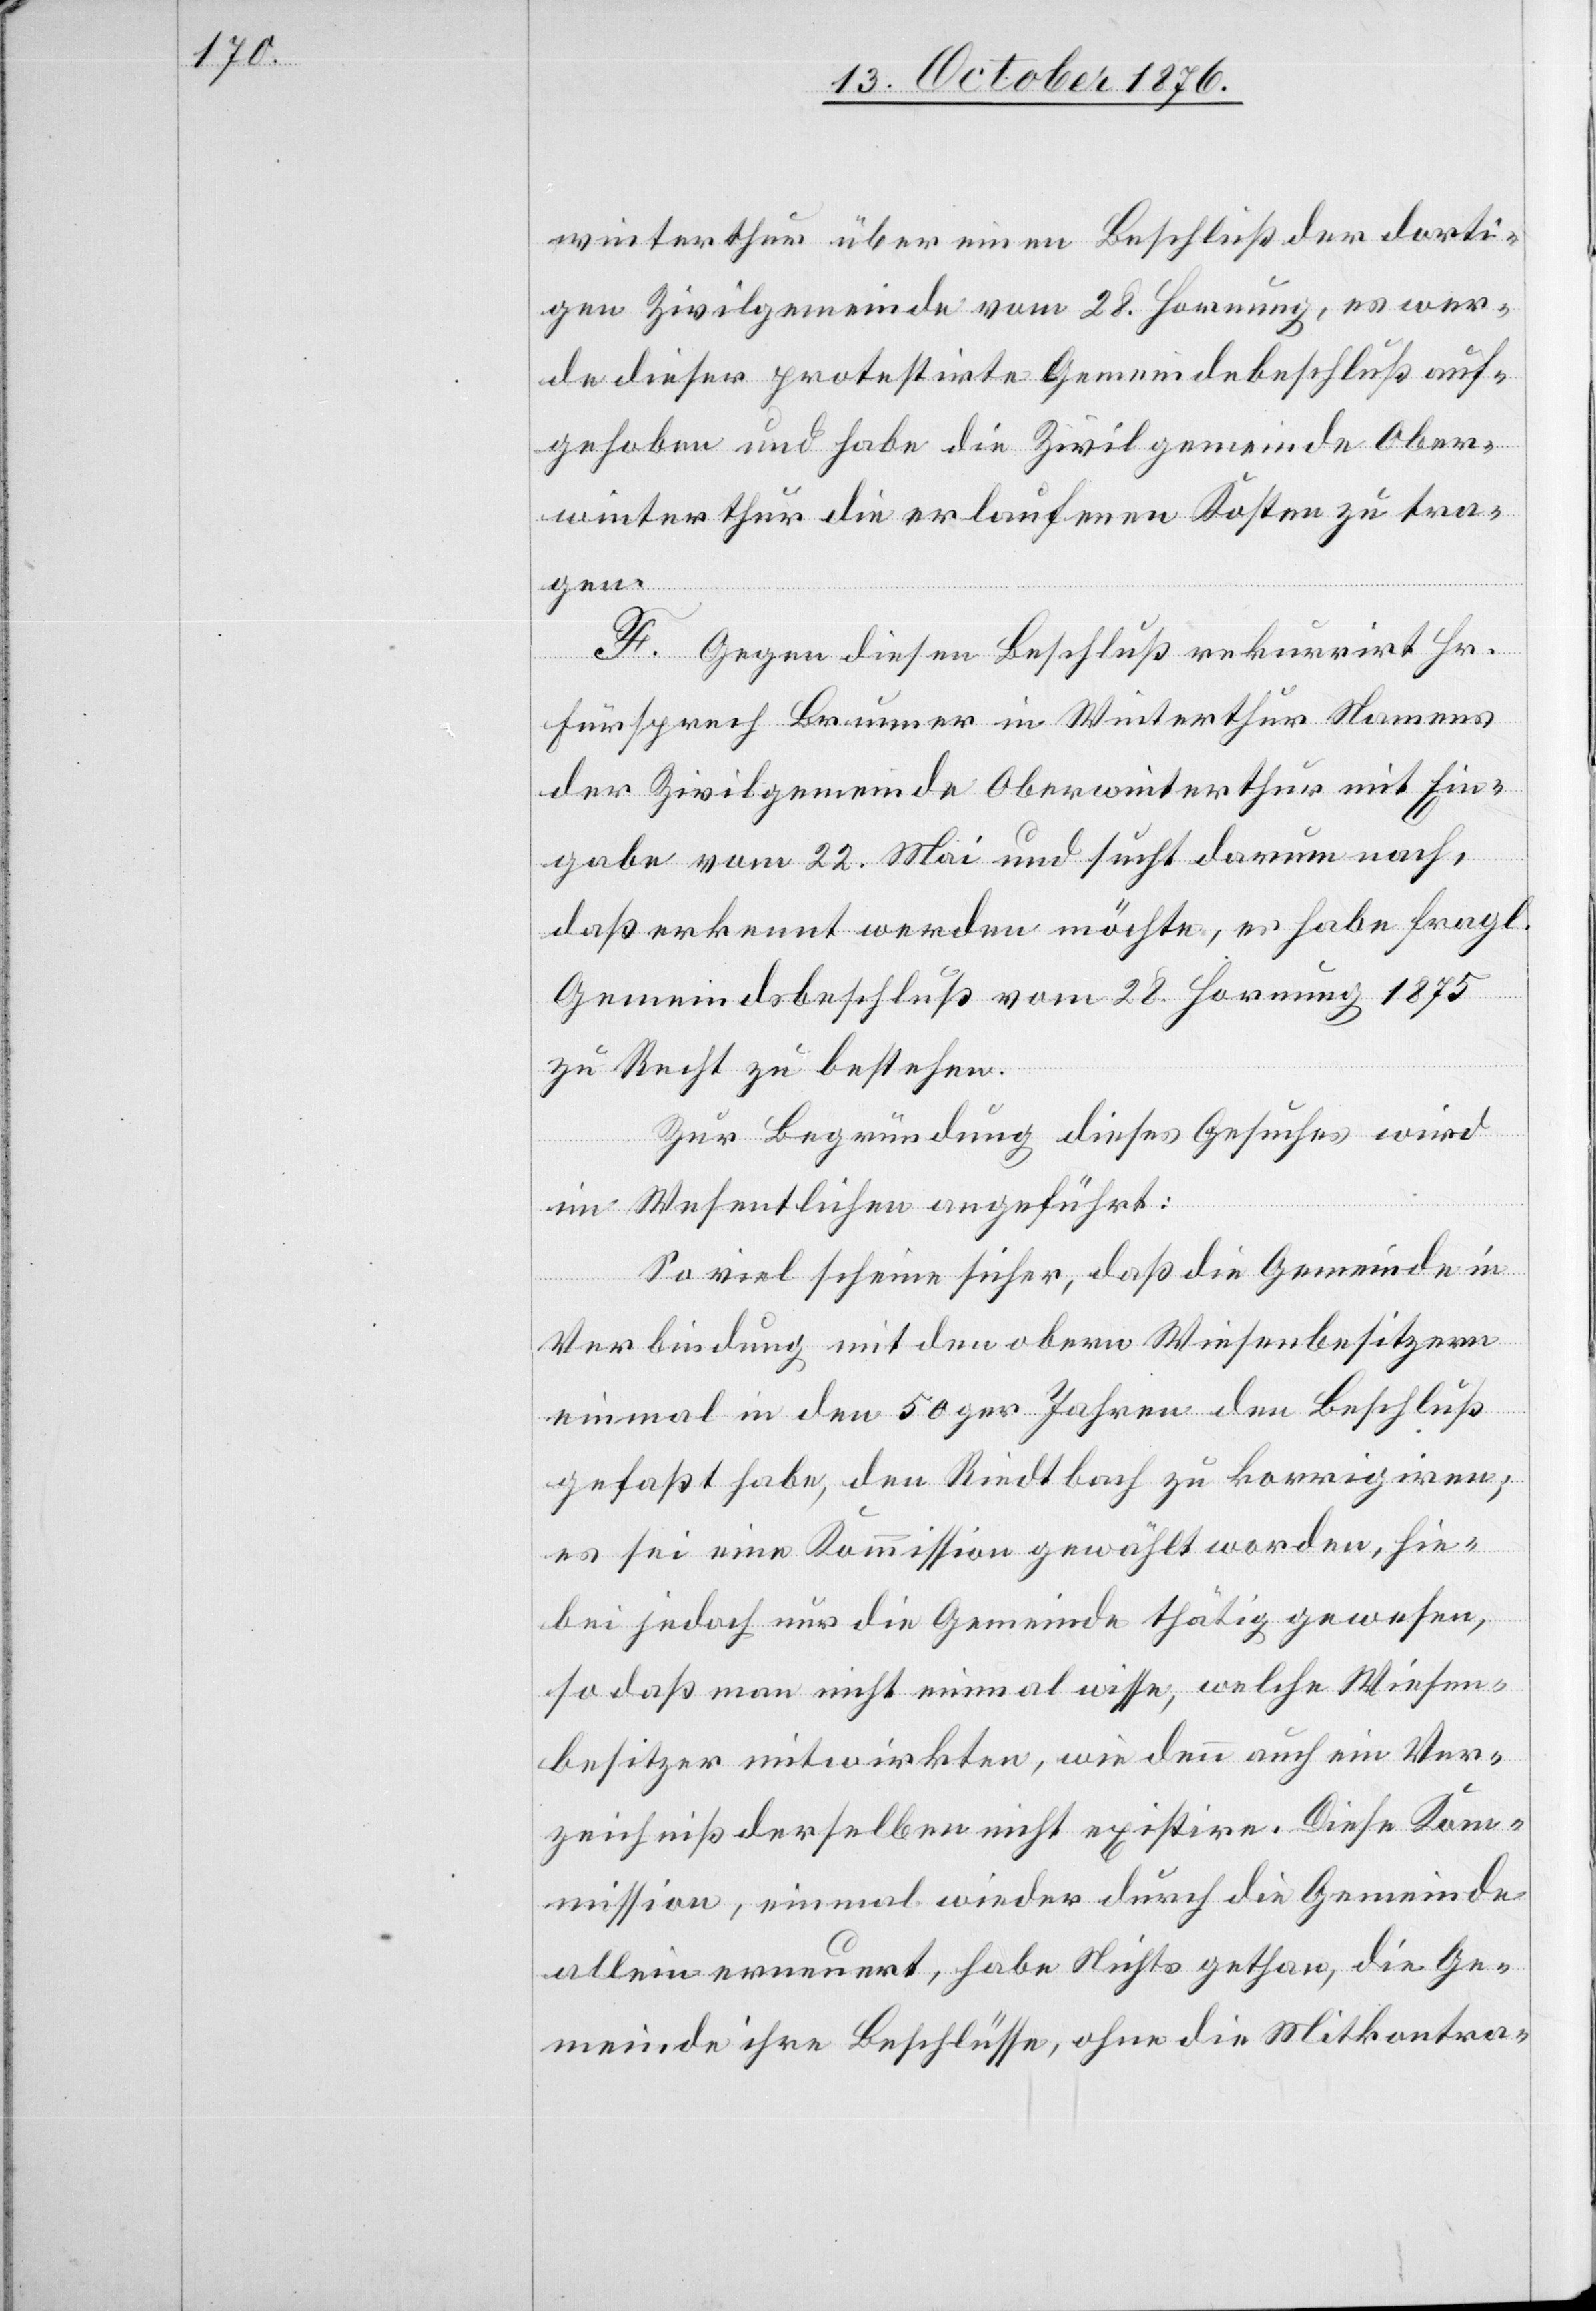
winterthur über einen Beschluß der dorti¬
gen Zivilgemeinde vom 28. Hornung, es wer¬
de dieser protestirte Gemeindebeschluß auf¬
gehoben und habe die Zivilgemeinde Ober¬
winterthur die erlaufenen Kosten zu tra¬
gen.
F. Gegen diesen Beschluß rekurrirt Hr.
Fürsprech Brunner in Winterthur Namens
der Zivilgemeinde Oberwinterthur mit Ein¬
gabe vom 22. Mai und sucht darum nach,
daß erkennt werden möchte, es habe fragl.
Gemeindsbeschluß vom 28. Hornung 1875
zu Recht zu bestehen.
Zur Begründung dieses Gesuches wird
im Wesentlichen angeführt:
So viel scheine sicher, daß die Gemeinde in
Verbindung mit den obern Wiesenbesitzern
einmal in den 50ger Jahren den Beschluß
gefaßt habe, den Riedtbach zu korrigiren;
es sei eine Kommission gewählt worden, hie¬
bei jedoch nur die Gemeinde thätig gewesen,
so daß man nicht einmal wisse, welche Wiesen¬
besitzer mitwirkten, wie denn auch ein Ver¬
zeichniß derselben nicht existire. Diese Kom¬
mission, einmal wieder durch die Gemeinde
allein erneuert, habe Nichts gethan, die Ge¬
meinde ihre Beschlüsse, ohne die Mitkontra-